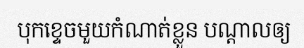
បុកខ្ទេចមួយកំណាត់ខ្លួន បណ្តាលឲ្យ